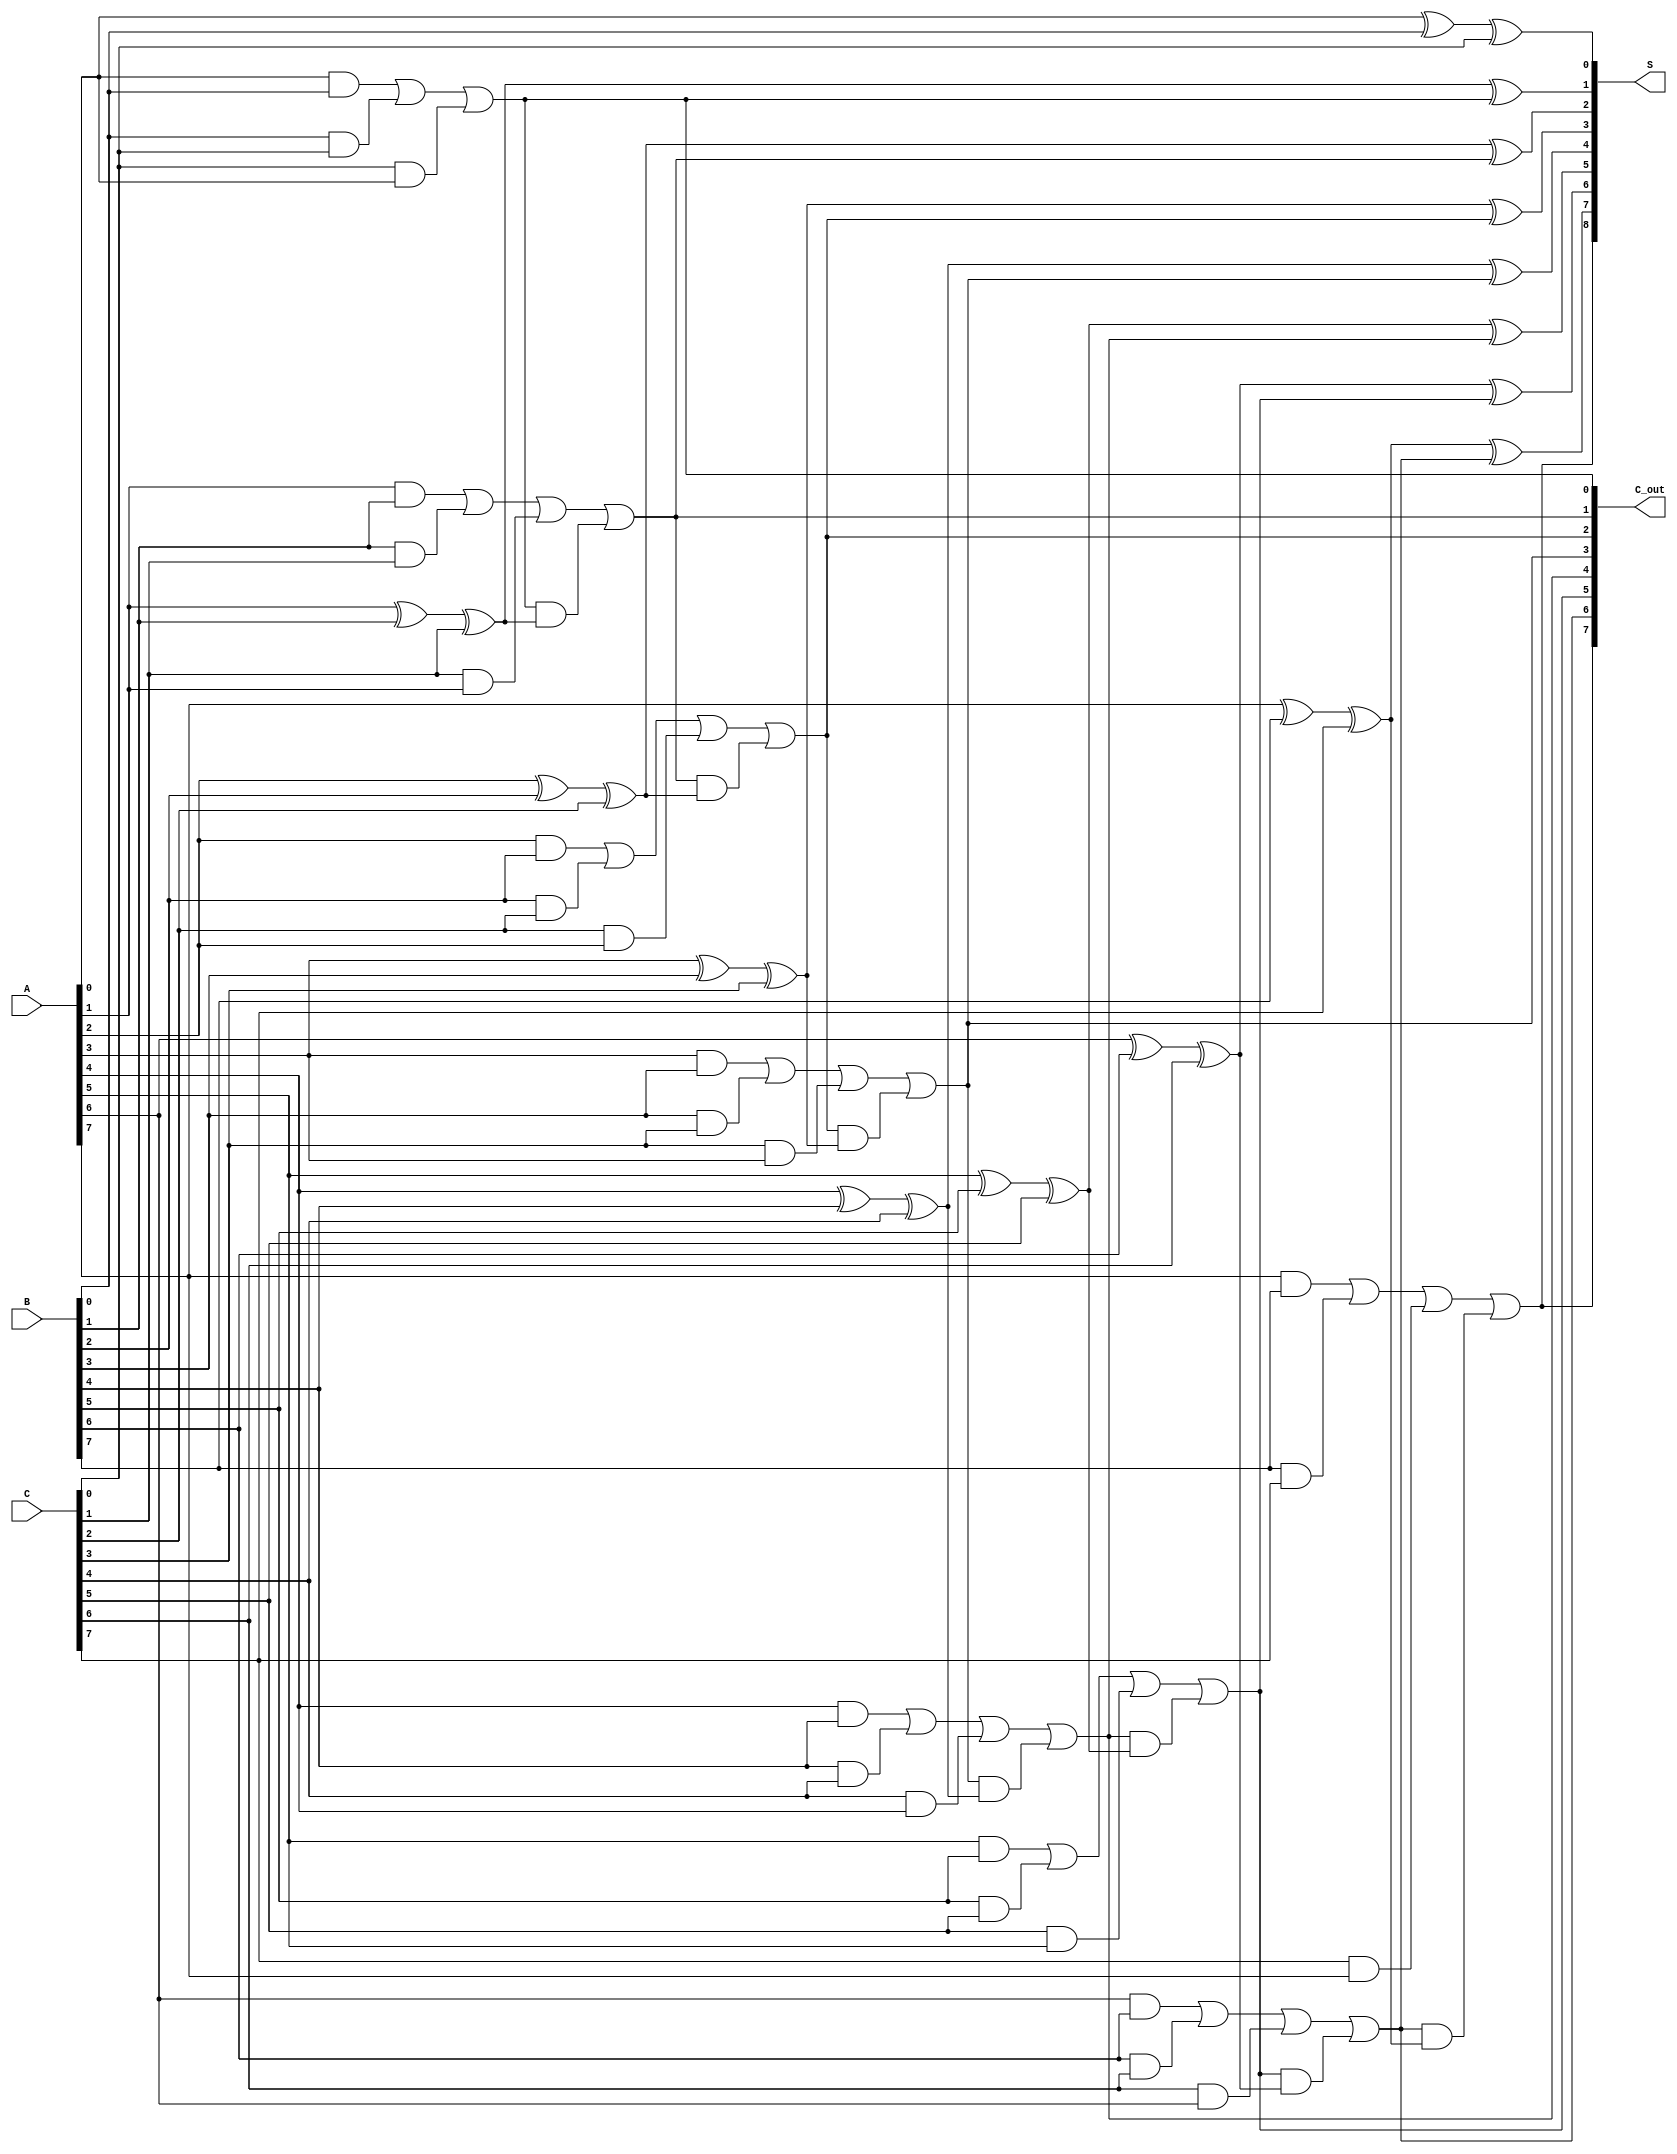
module CarrySaveAdder #(parameter N = 8) (
    input  [N-1:0] A,  // First operand
    input  [N-1:0] B,  // Second operand
    input  [N-1:0] C,  // Third operand
    output [N:0] S,     // Partial sum output (N bits + carry)
    output [N-1:0] C_out // Carry output
);

    wire [N-1:0] sum; // Partial sums
    wire [N-1:0] carry; // Intermediate carries

    // Generate partial sums and carries using full adder logic
    genvar i;
    generate
        for (i = 0; i < N; i = i + 1) begin : full_adder
            if (i == 0) begin
                // For the least significant bit, no carry-in
                assign sum[i] = A[i] ^ B[i] ^ C[i];
                assign carry[i] = (A[i] & B[i]) | (B[i] & C[i]) | (C[i] & A[i]);
            end else begin
                // For other bits, include carry from the previous bit
                assign sum[i] = A[i] ^ B[i] ^ C[i] ^ carry[i-1];
                assign carry[i] = (A[i] & B[i]) | (B[i] & C[i]) | (C[i] & A[i]) | (carry[i-1] & (A[i] ^ B[i] ^ C[i]));
            end
        end
    endgenerate

    // Final carry output
    assign C_out = carry;

    // Final sum output (N bits + carry)
    assign S = {carry[N-1], sum}; // Concatenate carry to the front of the sum

endmodule